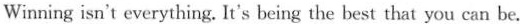
Winning isn't everything. It's being the best that you can be.